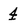
Character: 4